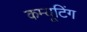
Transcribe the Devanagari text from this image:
कम्यूटिंग